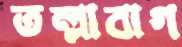
তল্লাবাগ